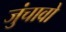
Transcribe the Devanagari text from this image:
जुंचावो